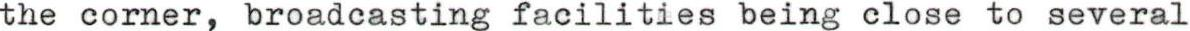
the corner, broadcasting facilities being close to several